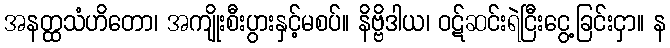
အနတ္ထသံဟိတော၊ အကျိုးစီးပွားနှင့်မစပ်။ နိဗ္ဗိဒါယ၊ ဝဋ်ဆင်းရဲငြီးငွေ့ခြင်းငှာ။ န